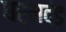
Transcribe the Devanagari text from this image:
धर्मदंड